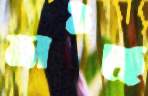
ভাঙছে